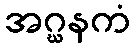
အဂ္ဃနကံ